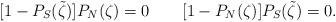
LaTeX: \begin{align*} [1 - P_S(\tilde{\zeta})] P_N(\zeta) = 0 \qquad[1 - P_N(\zeta)] P_S(\tilde{\zeta}) = 0 \mathrlap{.}\end{align*}